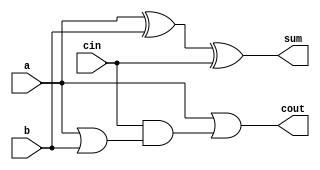
module full_adder1(a,b,cin,sum,cout);
input a,b,cin;
output sum,cout;
assign sum = a^b^cin;
assign cout = a&1'b1|cin&(a|b); 
// initial begin
//     $display("The incorrect adder with and0 having in2/1");
// end   
endmodule